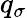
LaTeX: q_{\sigma}